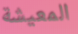
المعيشة